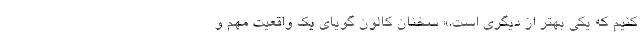
کنیم که یکی بهتر از دیگری است.» سخنان کالون گویای یک واقعیت مهم و